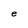
Character: e